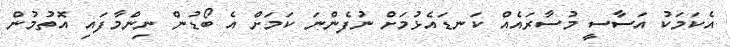
އެކަމަކު އަސާސީ މުސާރައެއް ކަނޑައެޅުމަށް ނުފެންނަ ކަމަށް އެ ބޯޑުން ނިންމާފައި އޮތުމުން